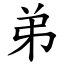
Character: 弟